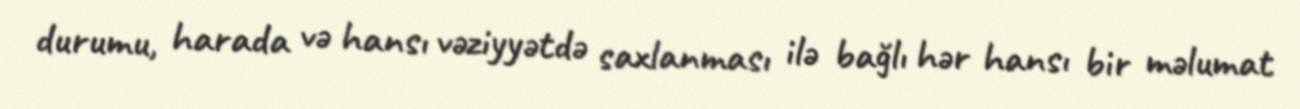
durumu, harada və hansı vəziyyətdə saxlanması ilə bağlı hər hansı bir məlumat